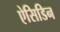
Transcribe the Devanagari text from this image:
ऐसिडिन